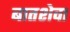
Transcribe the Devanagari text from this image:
बातशेवा